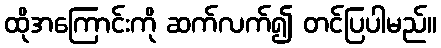
ထိုအကြောင်းကို ဆက်လက်၍ တင်ပြပါမည်။